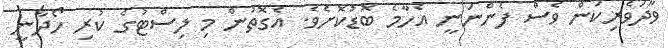
ވާދަވެރިކަން ވެސް ފެންނަަނީ އެހާމެ ބޮޑުކޮށެވެ. އެގޮތުން މި ލިސްޓުގެ ކުރި ހޯދާނީ